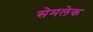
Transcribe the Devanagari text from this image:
सेमलेक